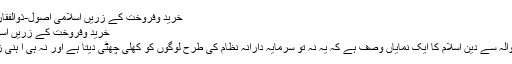
خرید وفروخت کے زرّیں اسلامی اُصول-ذوالفقار علی | Umar Wazir
خرید وفروخت کے زرّیں اسلامی اُصول-ذوالفقار علی
معیشت و تجارت کے حوالہ سے دین اسلام کا ایک نمایاں وصف ہے کہ یہ نہ تو سرمایہ دارانہ نظام کی طرح لوگوں کو کھلی چھٹی دیتا ہے اور نہ ہی آ ہنی زنجیروں میں جکڑتا ہے۔